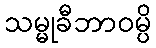
သမ္မုခီဘာဝမ္ပိ